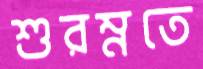
শুরম্নতে